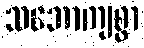
သဘောကျစွာ